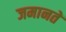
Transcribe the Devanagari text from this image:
जमानतें